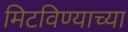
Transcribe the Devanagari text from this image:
मिटविण्याच्या